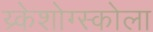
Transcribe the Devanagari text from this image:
य्र्केशोग्स्कोला